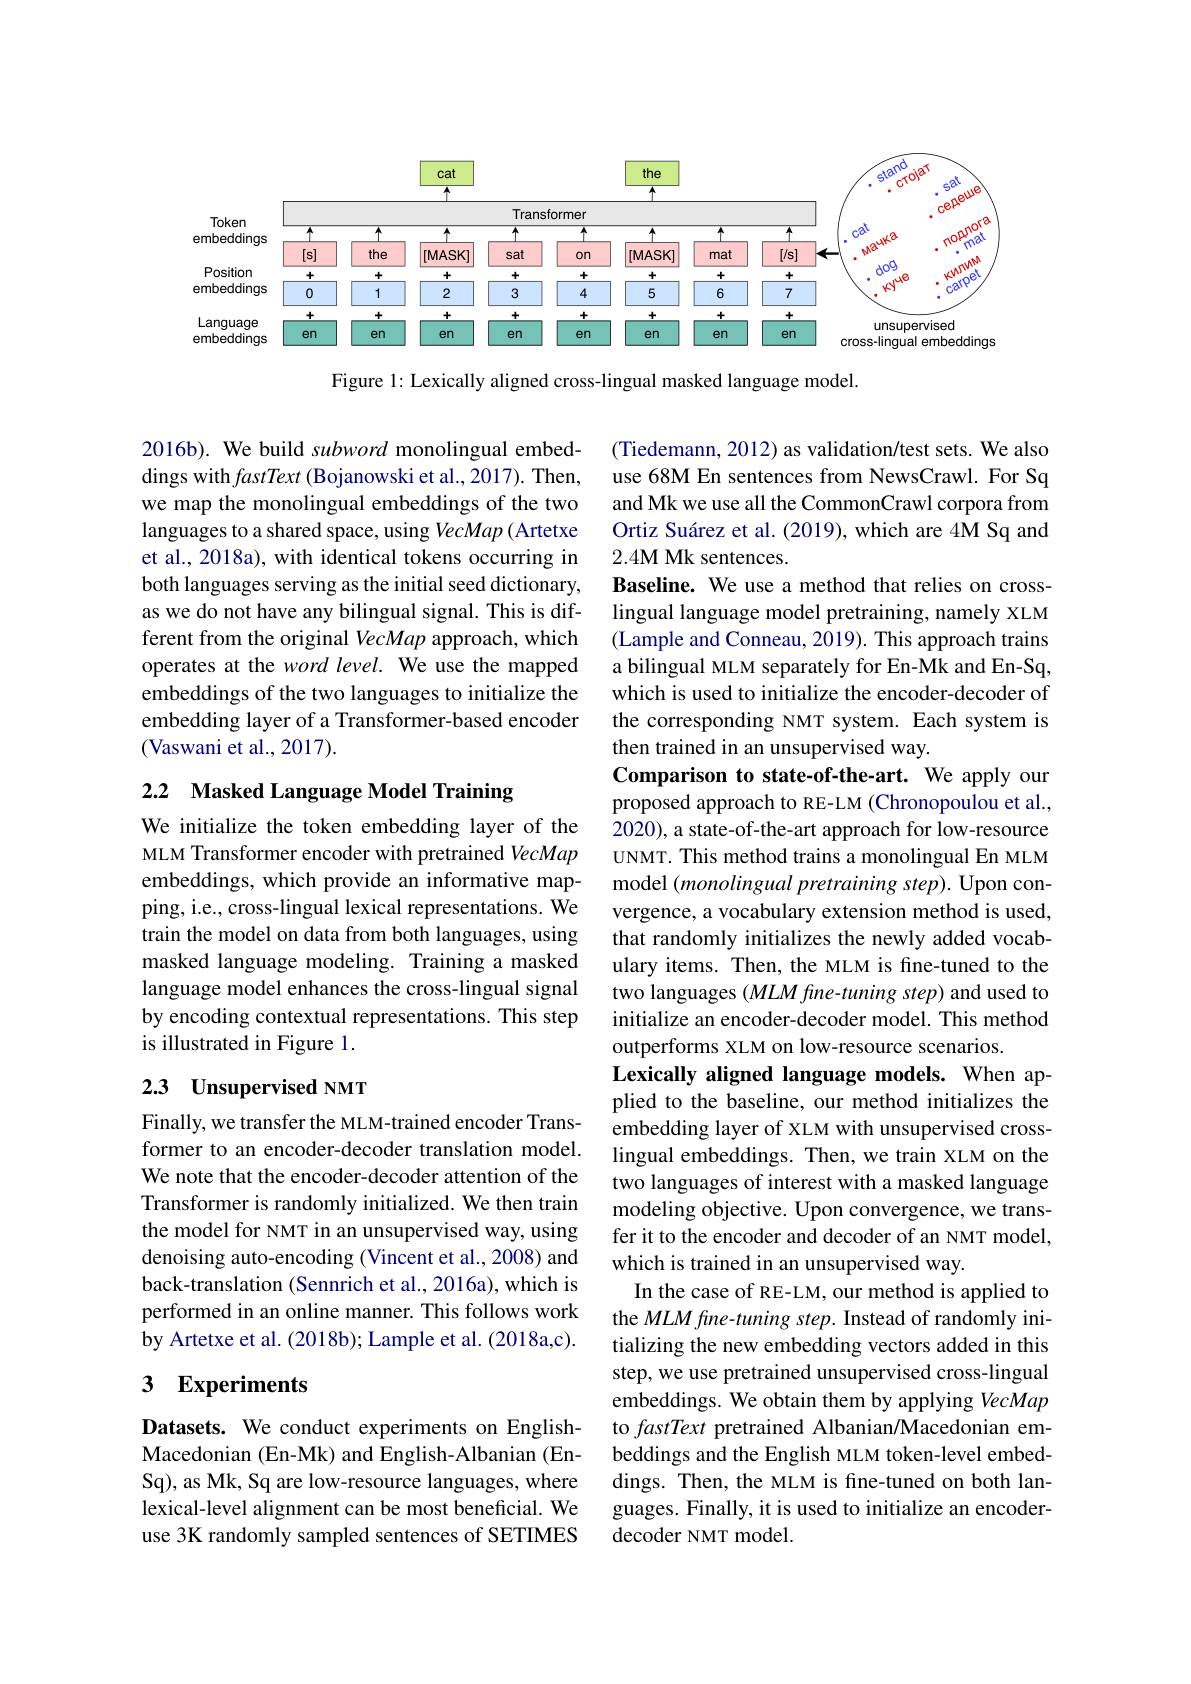
<FigureHere>

Figure 1: Lexically aligned cross-lingual masked language model.

2016b). We build subword monolingual embeddings with fastText (Bojanowski et al., 2017). Then, we map the monolingual embeddings of the two languages to a shared space, using VecMap (Artetxe et al., 2018a), with identical tokens occurring in both languages serving as the initial seed dictionary, as we do not have any bilingual signal. This is different from the original VecMap approach, which operates at the word level. We use the mapped embeddings of the two languages to initialize the embedding layer of a Transformer-based encoder (Vaswani et al.,2017).

2.2 Masked Language Model Training

We initialize the token embedding layer of the MLM Transformer encoder with pretrained VecMap embeddings, which provide an informative mapping, i.e., cross-lingual lexical representations. We train the model on data from both languages, using masked language modeling. Training a masked language model enhances the cross-lingual signal by encoding contextual representations. This step is illustrated in Figure 1.

(Tiedemann, 2012) as validation/test sets. We also use 68M En sentences from NewsCrawl. For Sq and Mk we use all the CommonCrawl corpora from Ortiz Suárez et al. (2019), which are 4M Sq and $2.4\mathbf{M}$ Mk sentences.
Baseline. We use a method that relies on crosslingual language model pretraining, namely XLM (Lample and Conneau, 2019). This approach trains a bilingual MLM separately for En-Mk and En-Sq, which is used to initialize the encoder-decoder of the corresponding NMT system. Each system is then trained in an unsupervised way.
Comparison to state-of-the-art. We apply our proposed approach to RE-LM (Chronopoulou et al., 2020), a state-of-the-art approach for low-resource UNMT. This method trains a monolingual En MLM model $(monolingual$ pretraining step). Upon convergence, a vocabulary extension method is used, that randomly initializes the newly added vocabulary items. Then, the MLM is fine-tuned to the two languages $( MLM\textit{fine- tuning step})$ and used to initialize an encoder-decoder model. This method outperforms XLM on low-resource scenarios.
Lexically aligned language models. When applied to the baseline, our method initializes the embedding layer of XLM with unsupervised crosslingual embeddings. Then, we train XLM on the two languages of interest with a masked language modeling objective. Upon convergence, we transfer it to the encoder and decoder of an NMT model, which is trained in an unsupervised way.
In the case of RE-LM, our method is applied to the MLM fine- tuning step. Instead of randomly initializing the new embedding vectors added in this step, we use pretrained unsupervised cross-lingual embeddings. We obtain them by applying VecMap to fastText pretrained Albanian/Macedonian embeddings and the English MLM token-level embeddings. Then, the MLM is fine-tuned on both languages. Finally, it is used to initialize an encoderdecoder NMT model

## 2.3 Unsupervised NMT

Finally, we transfer the MLM-trained encoder Transformer to an encoder-decoder translation model. We note that the encoder-decoder attention of the Transformer is randomly initialized. We then train the model for NMT in an unsupervised way, using denoising auto-encoding (Vincent et al., 2008) and back-translation (Sennrich et al., 2016a), which is performed in an online manner. This follows work by Artetxe et al. (2018b); Lample et al. (2018a,c).

# 3 Experiments

Datasets. We conduct experiments on EnglishMacedonian (En-Mk) and English-Albanian (EnSq), as Mk, Sq are low-resource languages, where lexical-level alignment can be most beneficial. We use 3K randomly sampled sentences of SETIMES